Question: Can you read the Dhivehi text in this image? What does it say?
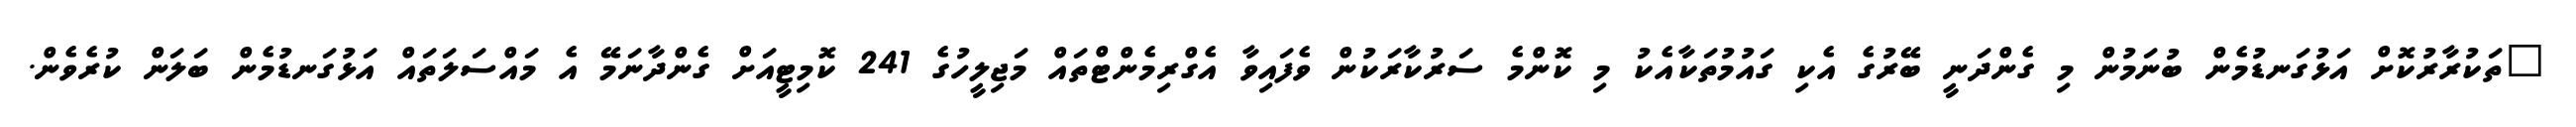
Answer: "ތަކުރާރުކޮށް އަޅުގަނޑުމެން ބުނަމުން މި ގެންދަނީ ބޭރުގެ އެކި ގައުމުތަކާއެކު މި ކޮންމެ ސަރުކާރަކުން ވެފައިވާ އެގްރިމެންޓްތައް މަޖިލީހުގެ 241 ކޮމިޓީއަށް ގެންދާނަމޭ އެ މައްސަލަތައް އަޅުގަނޑުމެން ބަލަން ކުރެވެން.